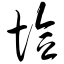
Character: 埝